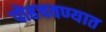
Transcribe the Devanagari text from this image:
पोहचवण्यात